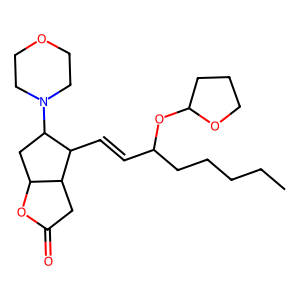
SMILES: CCCCCC(C=CC1C2CC(=O)OC2CC1N1CCOCC1)OC1CCCO1
Inhibits HIV replication: No